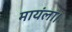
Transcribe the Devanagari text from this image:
मायंला।